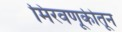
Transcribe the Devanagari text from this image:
मिरवणूकीतून